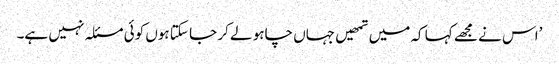
’اس نے مجھے کہا کہ میں تمھیں جہاں چاہو لے کر جا سکتا ہوں کوئی مسئلہ نہیں ہے۔